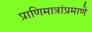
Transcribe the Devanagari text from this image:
प्राणिमात्रांप्रमाणे